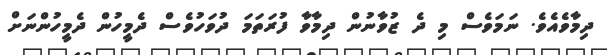
ދިމާވެއެވެ. ނަމަވެސް މި ދެ ޒުވާނުން ދިމާވާ ފުރަތަމަ ދުވަހުވެސް ދެމީހުން ދެމީހުންނަށް